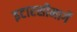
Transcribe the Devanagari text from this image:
इटारसीमार्गे